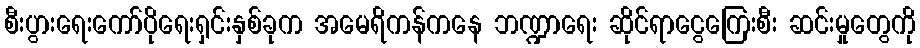
စီးပွားရေးကော်ပိုရေးရှင်းနှစ်ခုက အမေရိကန်ကနေ ဘဏ္ဍာရေး ဆိုင်ရာငွေကြေးစီး ဆင်းမှုတွေကို